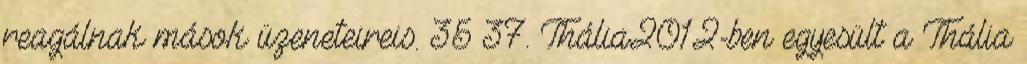
reagálnak mások üzeneteireis. 35 37. Thália2012-ben egyesült a Thália